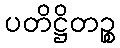
ပတိဋ္ဌိတဉ္စ